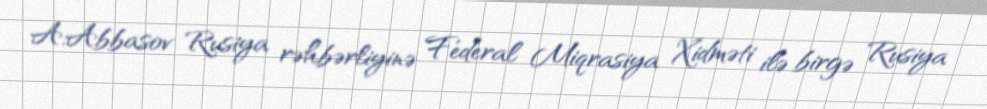
A.Abbasov Rusiya rəhbərliyinə Federal Miqrasiya Xidməti ilə birgə Rusiya